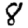
Digit: 8